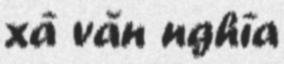
xã văn nghĩa